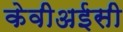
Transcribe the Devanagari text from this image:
केवीअईसी